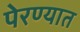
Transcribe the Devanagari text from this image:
पेरण्यात